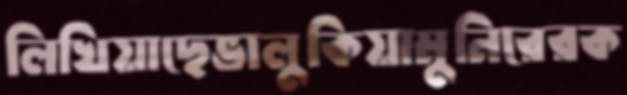
লিখিয়াছেভালুকিয়ামুনিরেরক